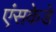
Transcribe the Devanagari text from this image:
एंसकेडे